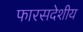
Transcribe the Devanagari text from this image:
फारसदेशीय